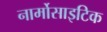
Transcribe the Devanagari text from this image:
नार्मोसाइटिक